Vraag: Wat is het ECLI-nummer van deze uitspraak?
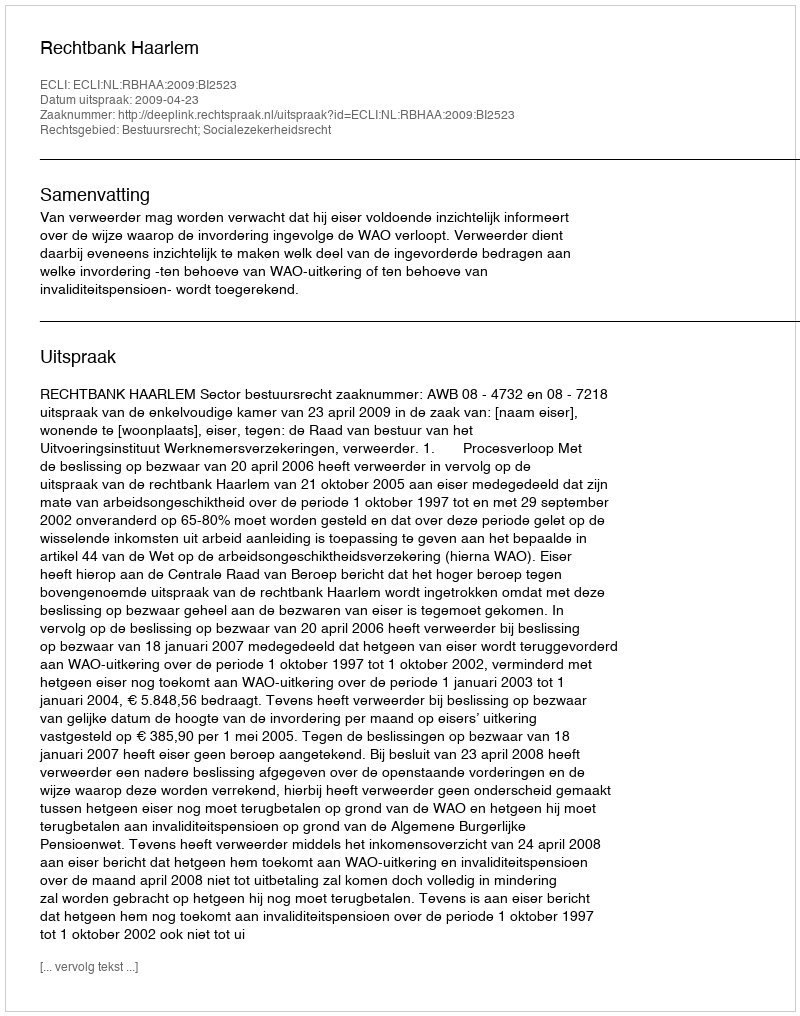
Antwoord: ECLI:NL:RBHAA:2009:BI2523